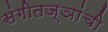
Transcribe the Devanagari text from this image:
संगीतज्ञांची